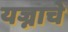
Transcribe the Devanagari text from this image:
यज्नाचे